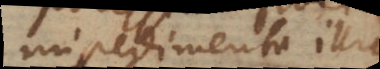
impedimenta illic